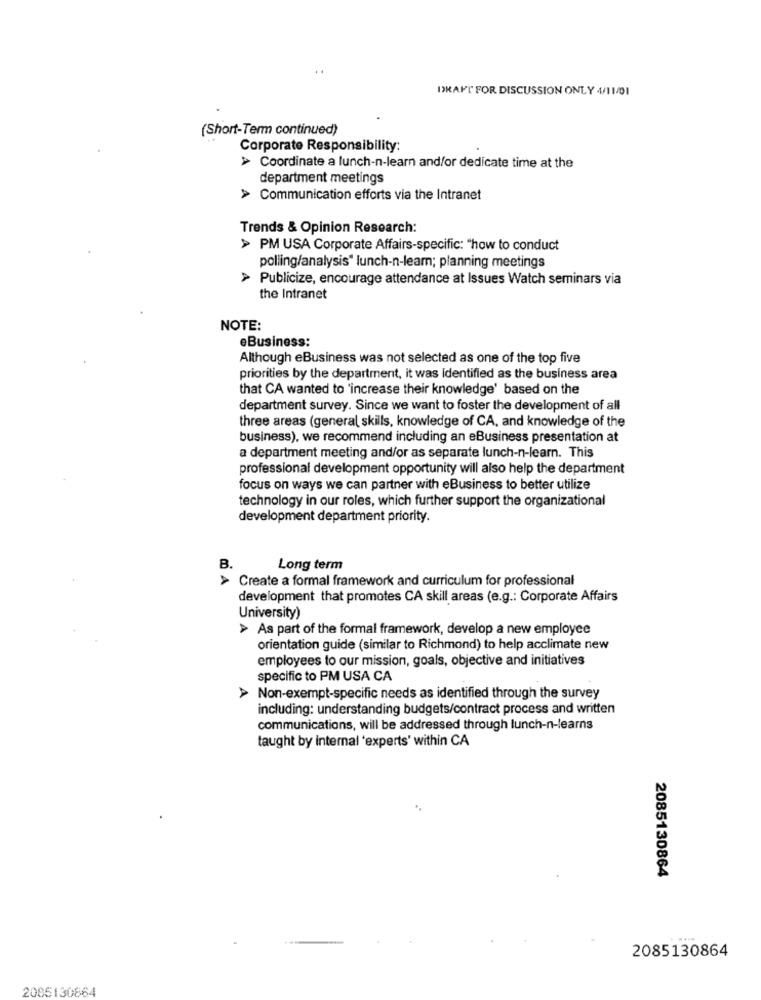
..
DRAFT' FOR DISCUSSION ONLY 4/11/01
(Short-Term continued)
Corporate Responsibility:
> Coordinate a lunch-n-learn and/or dedicate time at the
department meetings
> Communication efforts via the Intranet
Trends & Opinion Research:
> PM USA Corporate Affairs-specific: "how to conduct
polling/analysis" lunch-n-leam; planning meetings
> Publicize, encourage attendance at Issues Watch seminars via
the Intranet
NOTE:
eBusiness:
Although eBusiness was not selected as one of the top five
priorities by the department, it was Identified as the business area
that CA wanted to 'increase their knowledge' based on the
department survey. Since we want to foster the development of all
three areas (general skills, knowledge of CA, and knowledge of the
business), we recommend including an eBusiness presentation at
a department meeting and/or as separate lunch-n-learn. This
professional development opportunity will also help the department
focus on ways we can partner with eBusiness to better utilize
technology in our roles, which further support the organizational
development department priority.
B.
Long term
> Create a formal framework and curriculum for professional
development that promotes CA skill areas (e.g .: Corporate Affairs
University)
> As part of the formal framework, develop a new employee
orientation guide (similar to Richmond) to help acclimate new
employees to our mission, goals, objective and initiatives
specific to PM USA CA
Non-exempt-specific needs as identified through the survey
including: understanding budgets/contract process and written
communications, will be addressed through lunch-n-learns
taught by internal 'experts' within CA
2085130864
2085130864
2085130864